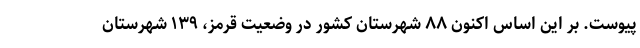
پیوست. بر این اساس اکنون ۸۸ شهرستان کشور در وضعیت قرمز، ۱۳۹ شهرستان